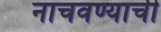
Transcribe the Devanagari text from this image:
नाचवण्याची